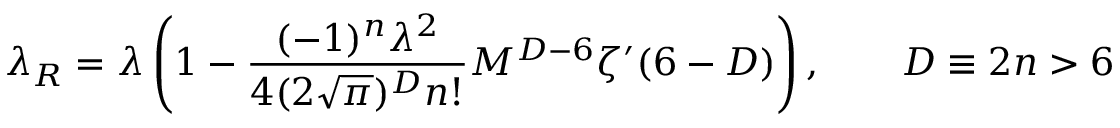
\lambda _ { R } = \lambda \left( 1 - \frac { ( - 1 ) ^ { n } \lambda ^ { 2 } } { 4 ( 2 \sqrt { \pi } ) ^ { D } n ! } M ^ { D - 6 } \zeta ^ { \prime } ( 6 - D ) \right) , \qquad D \equiv 2 n > 6